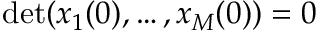
\operatorname* { d e t } ( x _ { 1 } ( 0 ) , \ldots , x _ { M } ( 0 ) ) = 0